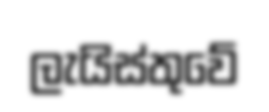
ලැයිස්තුවේ